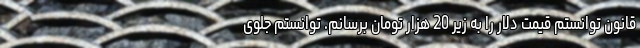
قانون توانستم قیمت دلار را به زیر 20 هزار تومان برسانم. توانستم جلوی